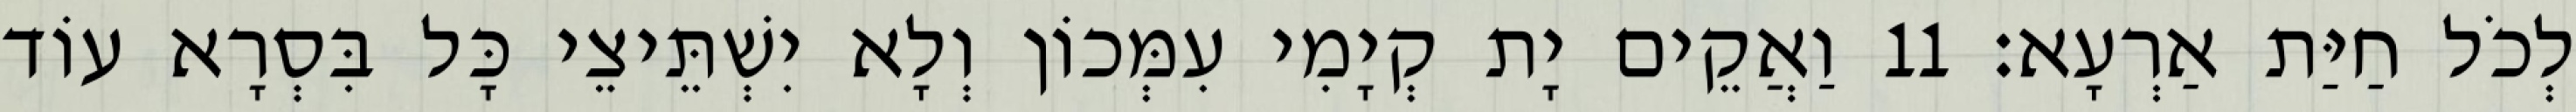
לְכֹל חַיַּת אַרְעָא׃ 11 וַאֲקֵים יָת קְיָמִי עִמְּכוֹן וְלָא יִשְׁתֵּיצֵי כָּל בִּסְרָא עוֹד